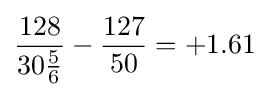
{\frac {128}{30{\frac {5}{6}}}}-{\frac {127}{50}}=+1.61